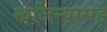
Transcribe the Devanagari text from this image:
खजिन्यासह